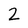
Character: 2